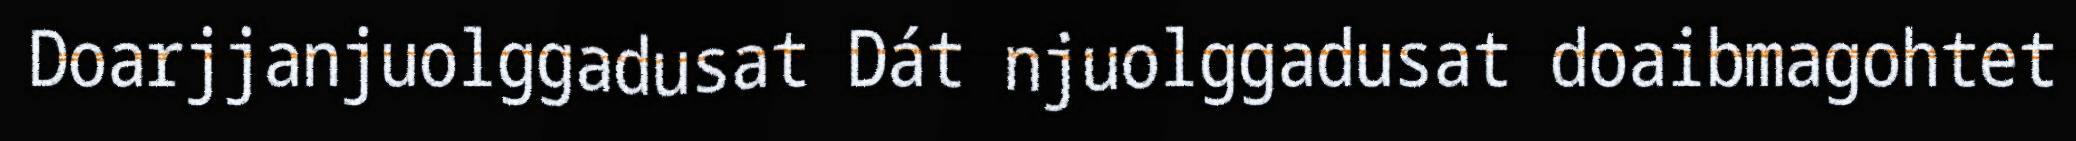
Doarjjanjuolggadusat Dát njuolggadusat doaibmagohtet